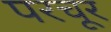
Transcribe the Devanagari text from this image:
परचूर